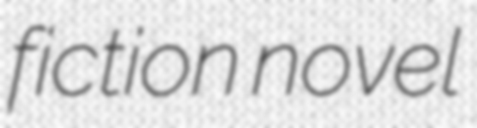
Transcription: fiction novel